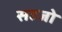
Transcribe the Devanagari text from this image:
सहजो